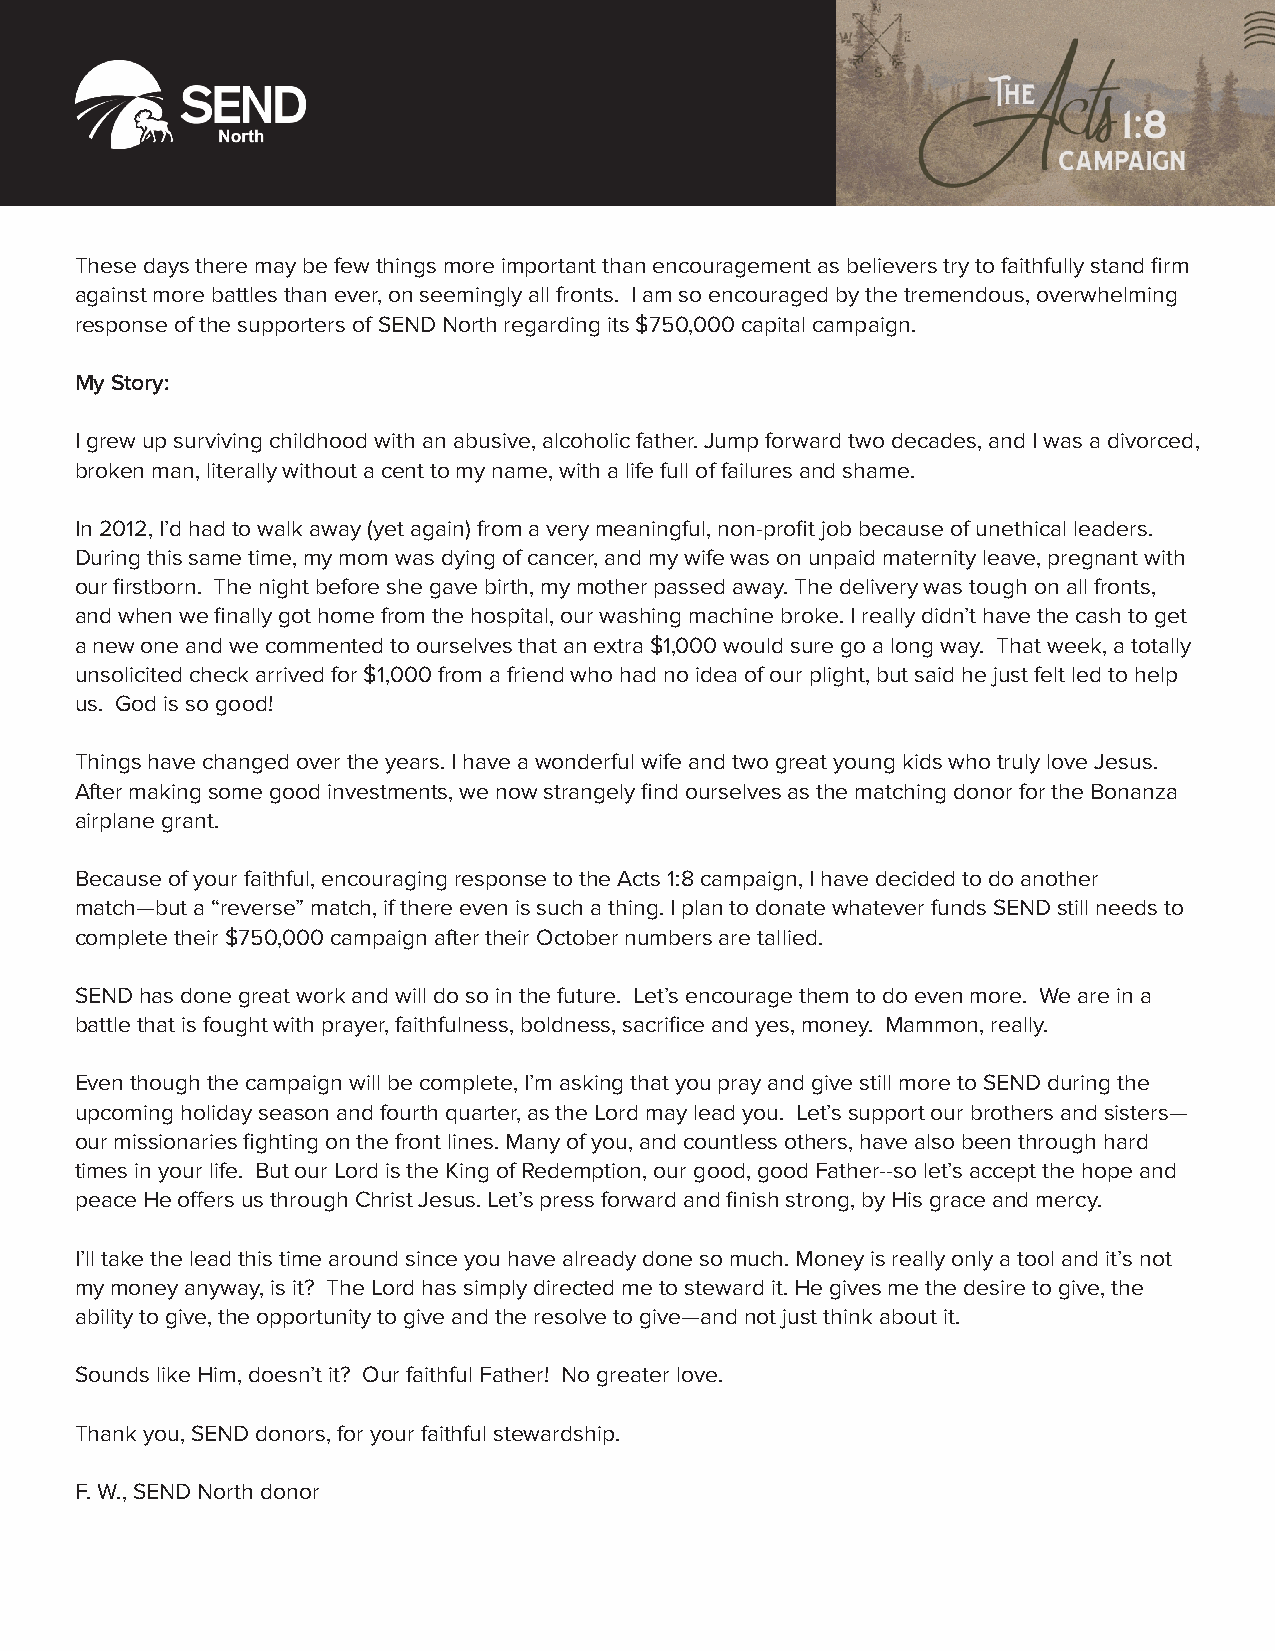
These days there may be few things more important than encouragement as believers try to faithfully stand firm
 against more battles than ever, on seemingly all fronts. I am so encouraged by the tremendous, overwhelming
 response of the supporters of SEND North regarding its $750,000 capital campaign.
 My Story:
 I grew up surviving childhood with an abusive, alcoholic father. Jump forward two decades, and I was a divorced,
 broken man, literally without a cent to my name, with a life full of failures and shame.
 In 2012, I’d had to walk away (yet again) from a very meaningful, non-profit job because of unethical leaders.
 During this same time, my mom was dying of cancer, and my wife was on unpaid maternity leave, pregnant with
 our firstborn. The night before she gave birth, my mother passed away. The delivery was tough on all fronts,
 and when we finally got home from the hospital, our washing machine broke. I really didn’t have the cash to get
 a new one and we commented to ourselves that an extra $1,000 would sure go a long way. That week, a totally
 unsolicited check arrived for $1,000 from a friend who had no idea of our plight, but said he just felt led to help
 us. God is so good!
 Things have changed over the years. I have a wonderful wife and two great young kids who truly love Jesus.
 After making some good investments, we now strangely find ourselves as the matching donor for the Bonanza
 airplane grant.
 Because of your faithful, encouraging response to the Acts 1:8 campaign, I have decided to do another
 match—but a “reverse” match, if there even is such a thing. I plan to donate whatever funds SEND still needs to
 complete their $750,000 campaign after their October numbers are tallied.
 SEND has done great work and will do so in the future. Let’s encourage them to do even more. We are in a
 battle that is fought with prayer, faithfulness, boldness, sacrifice and yes, money. Mammon, really.
 Even though the campaign will be complete, I’m asking that you pray and give still more to SEND during the
 upcoming holiday season and fourth quarter, as the Lord may lead you. Let’s support our brothers and sisters—
 our missionaries fighting on the front lines. Many of you, and countless others, have also been through hard
 times in your life. But our Lord is the King of Redemption, our good, good Father--so let’s accept the hope and
 peace He offers us through Christ Jesus. Let’s press forward and finish strong, by His grace and mercy.
 I’ll take the lead this time around since you have already done so much. Money is really only a tool and it’s not
 my money anyway, is it? The Lord has simply directed me to steward it. He gives me the desire to give, the
 ability to give, the opportunity to give and the resolve to give—and not just think about it.
 Sounds like Him, doesn’t it? Our faithful Father! No greater love.
 Thank you, SEND donors, for your faithful stewardship.
 F. W., SEND North donor